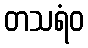
တသရံဝ